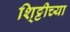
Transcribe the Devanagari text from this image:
शि्ट्टीच्या